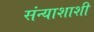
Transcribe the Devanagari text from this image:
संन्याशाशी